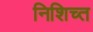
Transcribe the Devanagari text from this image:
निशिच्त